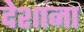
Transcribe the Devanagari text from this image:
देशाना